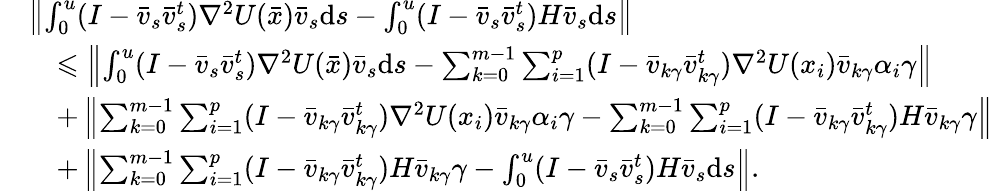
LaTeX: \begin{array}{rl}&{\left\| \int_{0}^{u}(I-\bar{v}_{s}\bar{v}_{s}^{t})\nabla^{2}U(\bar{x})\bar{v}_{s}\mathrm{d}s-\int_{0}^{u}(I-\bar{v}_{s}\bar{v}_{s}^{t})H\bar{v}_{s}\mathrm{d}s\right\| }\\ &{\quad\leqslant\left\| \int_{0}^{u}(I-\bar{v}_{s}\bar{v}_{s}^{t})\nabla^{2}U(\bar{x})\bar{v}_{s}\mathrm{d}s-\sum_{k=0}^{m-1}\sum_{i=1}^{p}(I-\bar{v}_{k\gamma}\bar{v}_{k\gamma}^{t})\nabla^{2}U(x_{i})\bar{v}_{k\gamma}\alpha_{i}\gamma\right\| }\\ &{\quad+\left\| \sum_{k=0}^{m-1}\sum_{i=1}^{p}(I-\bar{v}_{k\gamma}\bar{v}_{k\gamma}^{t})\nabla^{2}U(x_{i})\bar{v}_{k\gamma}\alpha_{i}\gamma-\sum_{k=0}^{m-1}\sum_{i=1}^{p}(I-\bar{v}_{k\gamma}\bar{v}_{k\gamma}^{t})H\bar{v}_{k\gamma}\gamma\right\| }\\ &{\quad+\left\| \sum_{k=0}^{m-1}\sum_{i=1}^{p}(I-\bar{v}_{k\gamma}\bar{v}_{k\gamma}^{t})H\bar{v}_{k\gamma}\gamma-\int_{0}^{u}(I-\bar{v}_{s}\bar{v}_{s}^{t})H\bar{v}_{s}\mathrm{d}s\right\| .}\end{array}